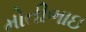
મોતીભાઇ